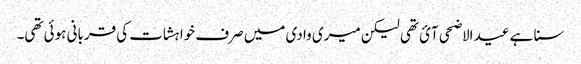
سنا ہے عید الاضحی آئ تھی لیکن میری وادی میں صرف خواہشات کی قربانی ہوئی تھی۔